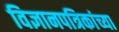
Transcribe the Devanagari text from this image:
विज्ञानपत्रिकांच्या